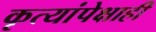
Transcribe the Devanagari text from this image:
कृत्यांपेक्षाही